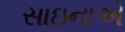
સાઇનાએ